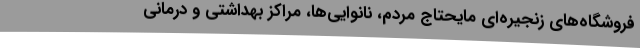
فروشگاه‌های زنجیره‌ای مایحتاج مردم، نانوایی‌ها، مراکز بهداشتی و درمانی